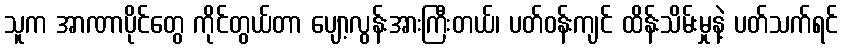
သူက အာဏာပိုင်တွေ ကိုင်တွယ်တာ ပျော့လွန်းအားကြီးတယ်၊ ပတ်ဝန်းကျင် ထိန်းသိမ်းမှုနဲ့ ပတ်သက်ရင်